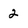
Character: 2